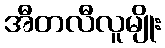
အီတလီလူမျိုး